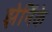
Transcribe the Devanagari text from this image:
झेर्निके